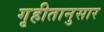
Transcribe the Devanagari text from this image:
गृहीतानुसार